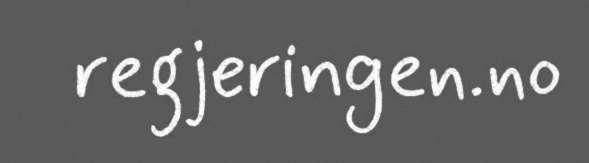
regjeringen.no